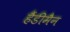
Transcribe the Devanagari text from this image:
हैंडीमैन